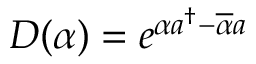
D ( \alpha ) = e ^ { \alpha a ^ { \dag } - \overline { { \alpha } } a }